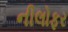
નીલોફર